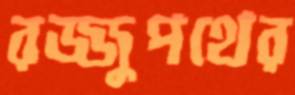
রজ্জুপথের